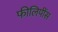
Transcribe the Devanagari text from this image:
फीलिपींस